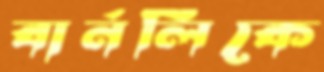
বার্নলিকে